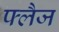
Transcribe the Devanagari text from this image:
फ्लैज